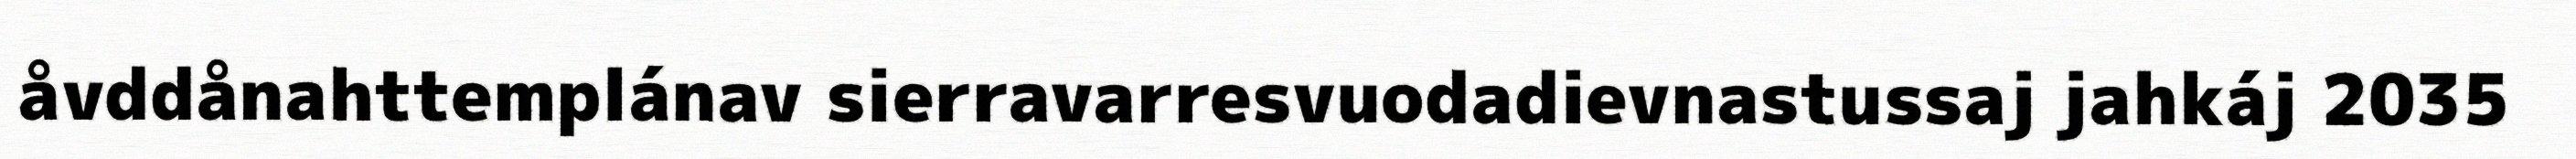
åvddånahttemplánav sierravarresvuodadievnastussaj jahkáj 2035